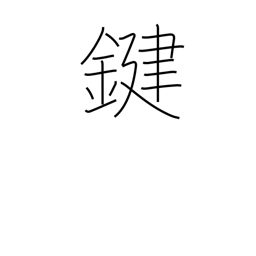
Meaning: key